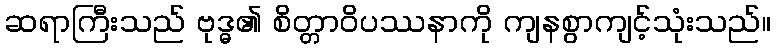
ဆရာကြီးသည် ဗုဒ္ဓ၏ စိတ္တာဝိပဿနာကို ကျနစွာကျင့်သုံးသည်။